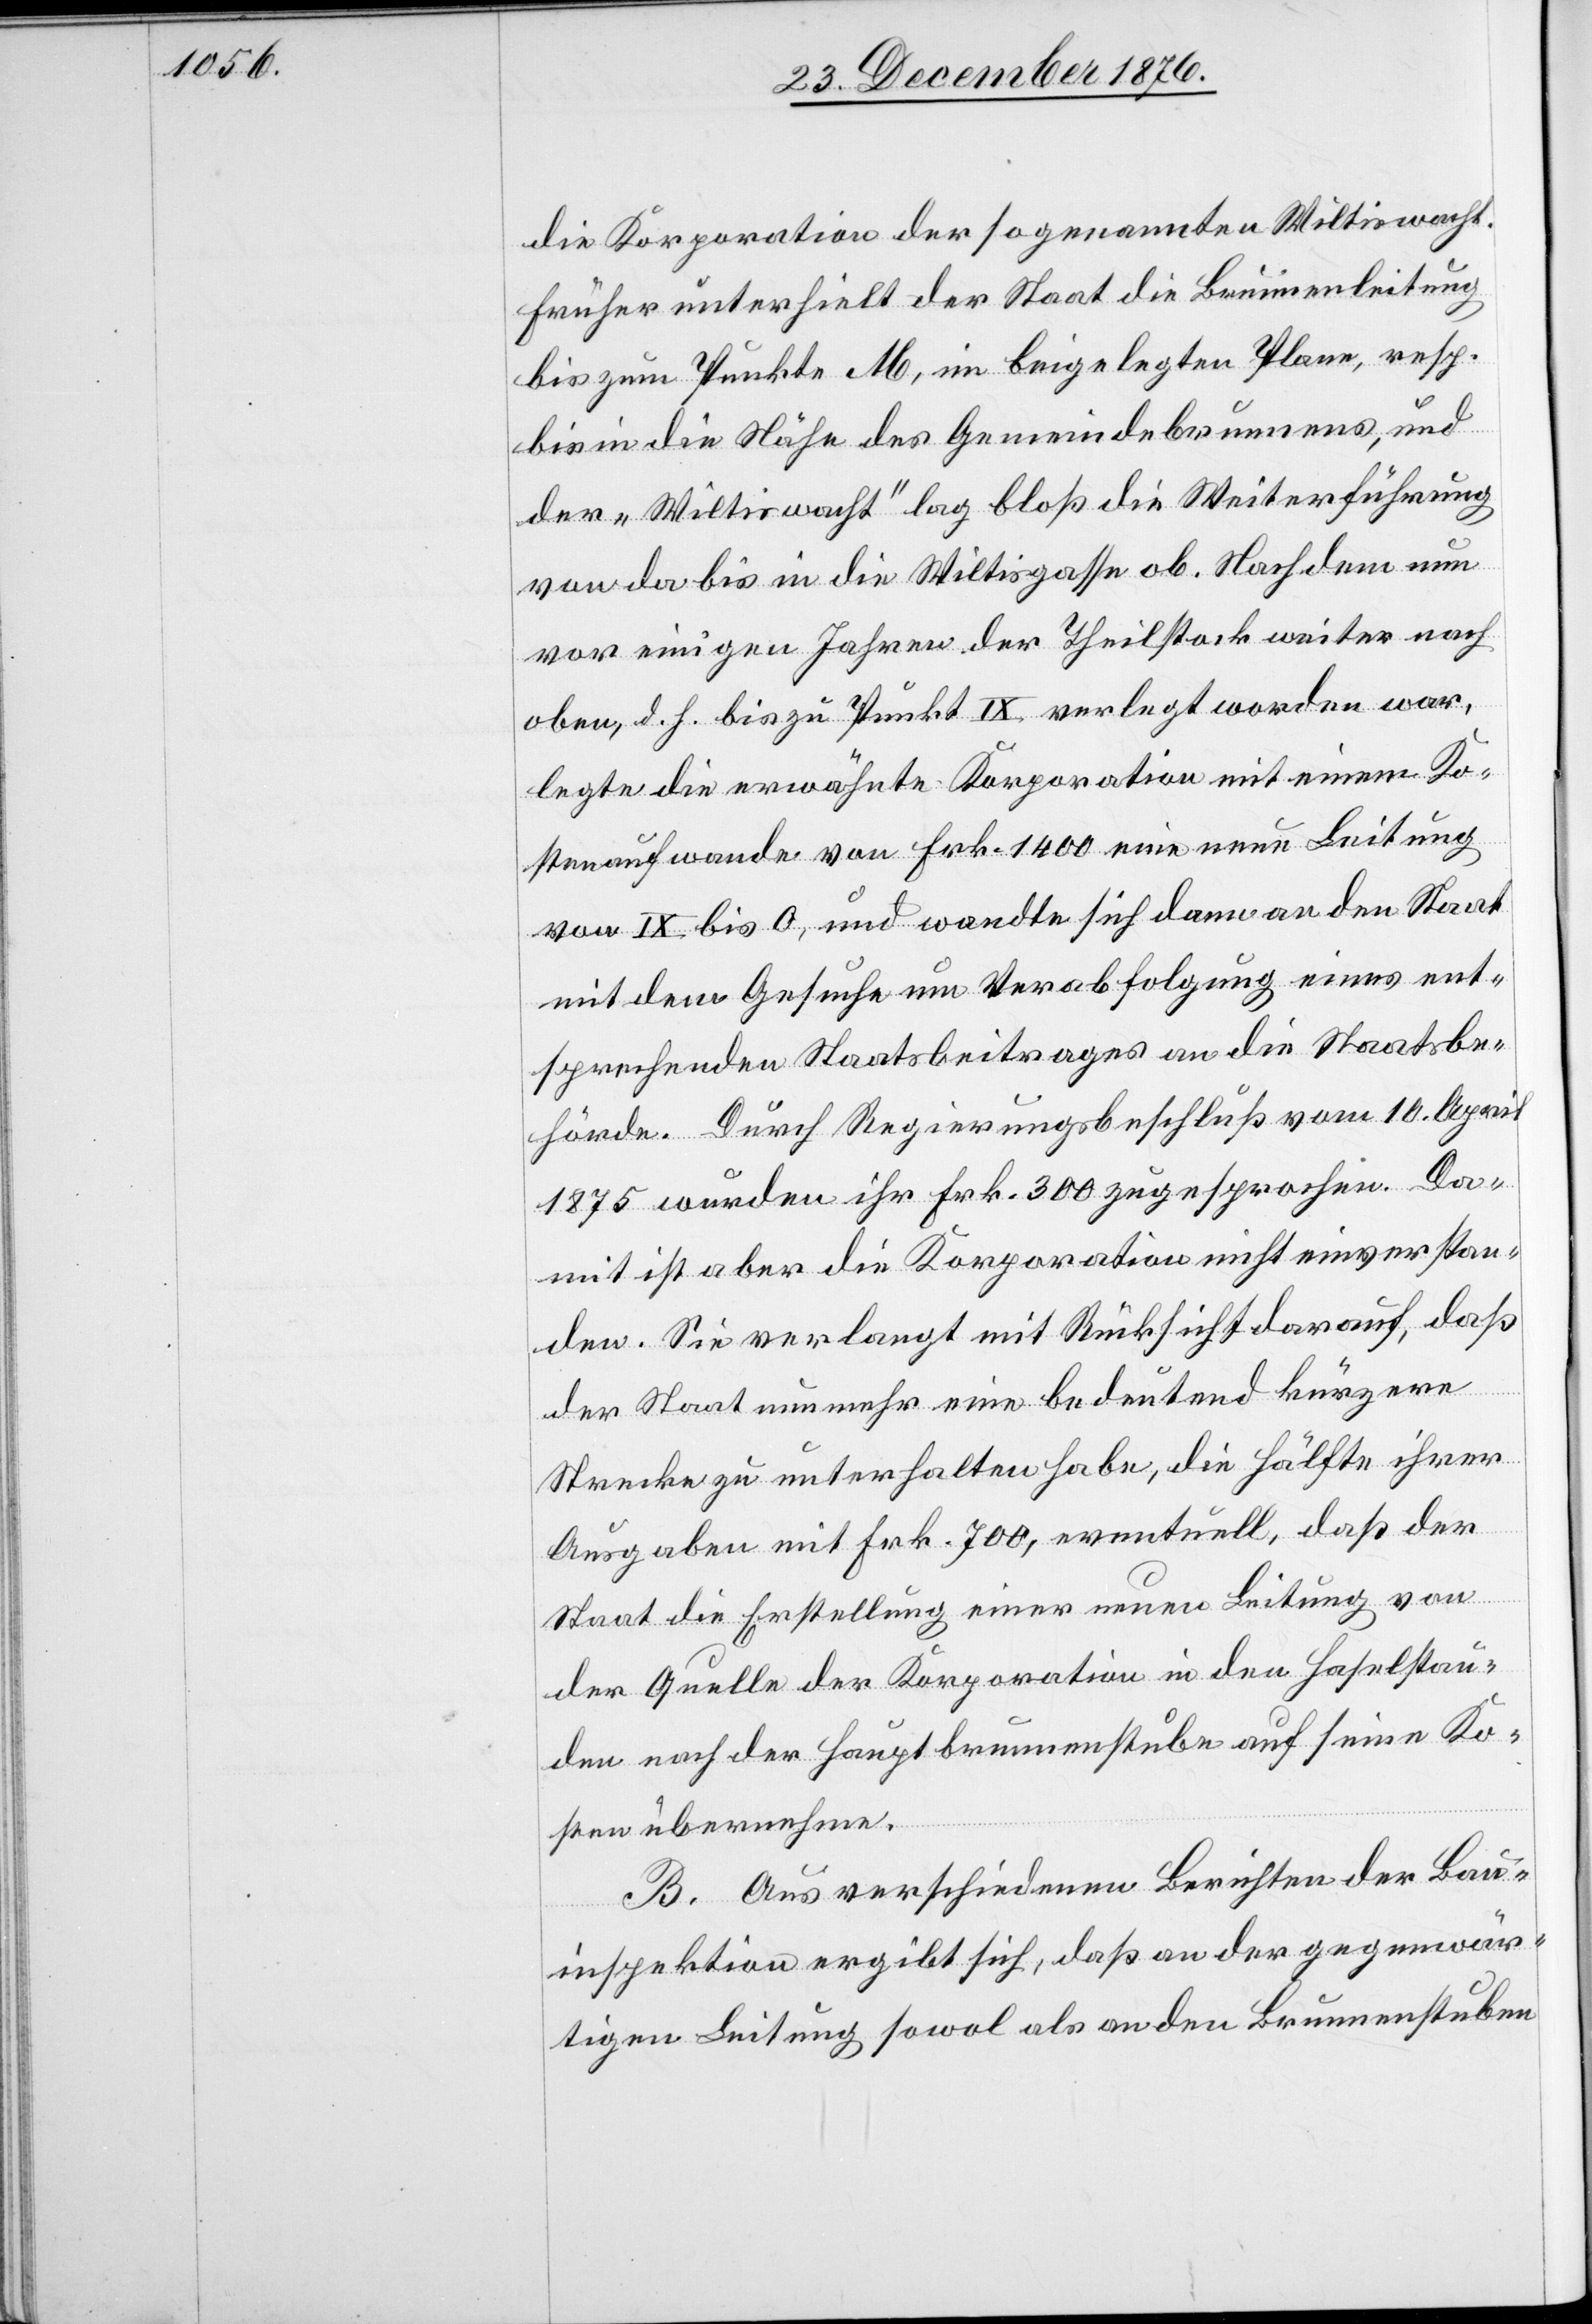
die Korporation der sogenannten Wiltiswacht.
Früher unterhielt der Staat die Brunnenleitung
bis zum Punkte M, im beigelegten Plane, resp.
bis in die Nähe des Gemeindebrunnens, und
der „Wiltiswacht“ lag bloß die Weiterführung
von da bis in die Wiltisgasse ob. Nachdem nun
vor einigen Jahren der Theilstock weiter nach
oben, d. h. bis zu Punkt IX verlegt worden war,
legte die erwähnte Korporation mit einem Ko¬
stenaufwande von Frk. 1400 eine neue Leitung
von IX bis 0, und wandte sich dann an den Staat
mit dem Gesuche um Verabfolgung eines ent¬
sprechenden Staatsbeitrages an die Staatsbe¬
hörde. Durch Regierungsbeschluß vom 10. April
1875 wurden ihr Frk. 300 zugesprochen. Da¬
mit ist aber die Korporation nicht einverstan¬
den. Sie verlangt mit Rücksicht darauf, daß
der Staat nunmehr eine bedeutend kürzere
Strecke zu unterhalten habe, die Hälfte ihrer
Ausgaben mit Frk. 700, eventuell, daß der
Staat die Erstellung einer neuen Leitung von
der Quelle der Korporation in den Haselstau¬
den nach der Hauptbrunnenstube auf seine Ko¬
sten übernehme.
B. Aus verschiedenen Berichten der Brunne¬
ninspektion ergibt sich, daß an der gegenwär¬
tigen Leitung sowol als an den Brunnenstuben